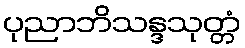
ပုညာဘိသန္ဒသုတ္တံ